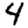
Digit: 4